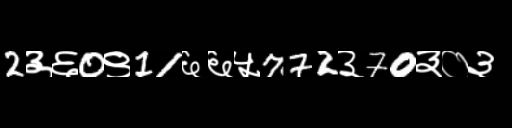
Text: 2३६0९11६६५772३70३०३